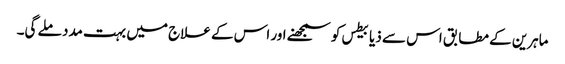
ماہرین کے مطابق اس سے ذیابیطس کو سمجھنے اور اس کے علاج میں بہت مدد ملے گی۔